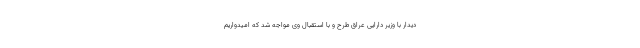
دیدار با وزیر دارایی عراق طرح و با استقبال وی مواجه شد که امیدواریم